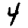
Digit: 4